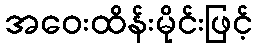
အဝေးထိန်းမိုင်းဖြင့်